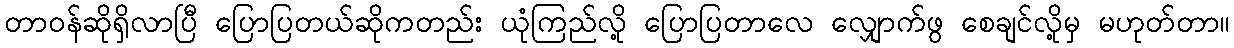
တာဝန်ဆိုရှိလာပြီ ပြောပြတယ်ဆိုကတည်း ယုံကြည်လို့ ပြောပြတာလေ လျှောက်ဖွ စေချင်လို့မှ မဟုတ်တာ။